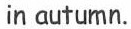
in autumn.